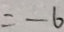
= - 6